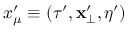
x _ { \mu } ^ { \prime } \equiv ( \tau ^ { \prime } , \mathbf { x } _ { \bot } ^ { \prime } , \eta ^ { \prime } )